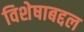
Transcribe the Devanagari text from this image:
विशेषाबद्दल